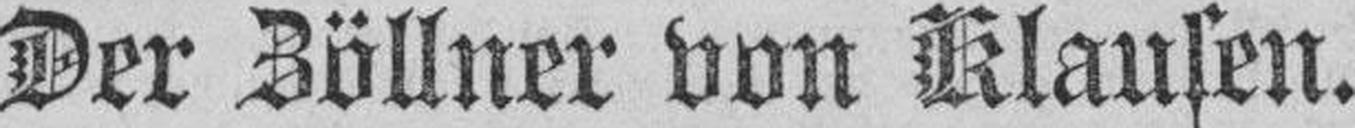
Der Zöllner von Klausen.